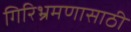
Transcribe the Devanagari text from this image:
गिरिभ्रमणासाठी